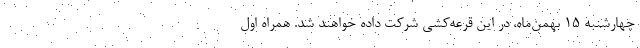
چهارشنبه ١۵ بهمن‌ماه، در این قرعه‌کشی شرکت داده خواهند شد. همراه اول